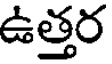
ఉత్తర